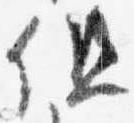
但